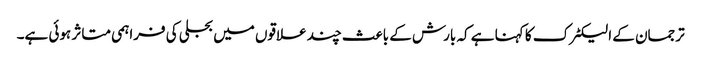
ترجمان کے الیکٹرک کا کہنا ہے کہ بارش کے باعث چند علاقوں میں بجلی کی فراہمی متاثر ہوئی ہے۔